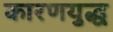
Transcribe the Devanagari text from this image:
कारणयुद्ध